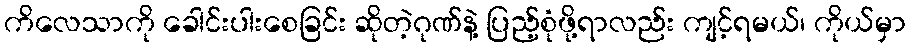
ကိလေသာကို ခေါင်းပါးစေခြင်း ဆိုတဲ့ဂုဏ်နဲ့ ပြည့်စုံဖို့ရာလည်း ကျင့်ရမယ်၊ ကိုယ်မှာ